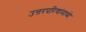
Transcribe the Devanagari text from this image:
उत्तरपरिणांमाध्ये